Trukikaitis_Postimees, lk 154
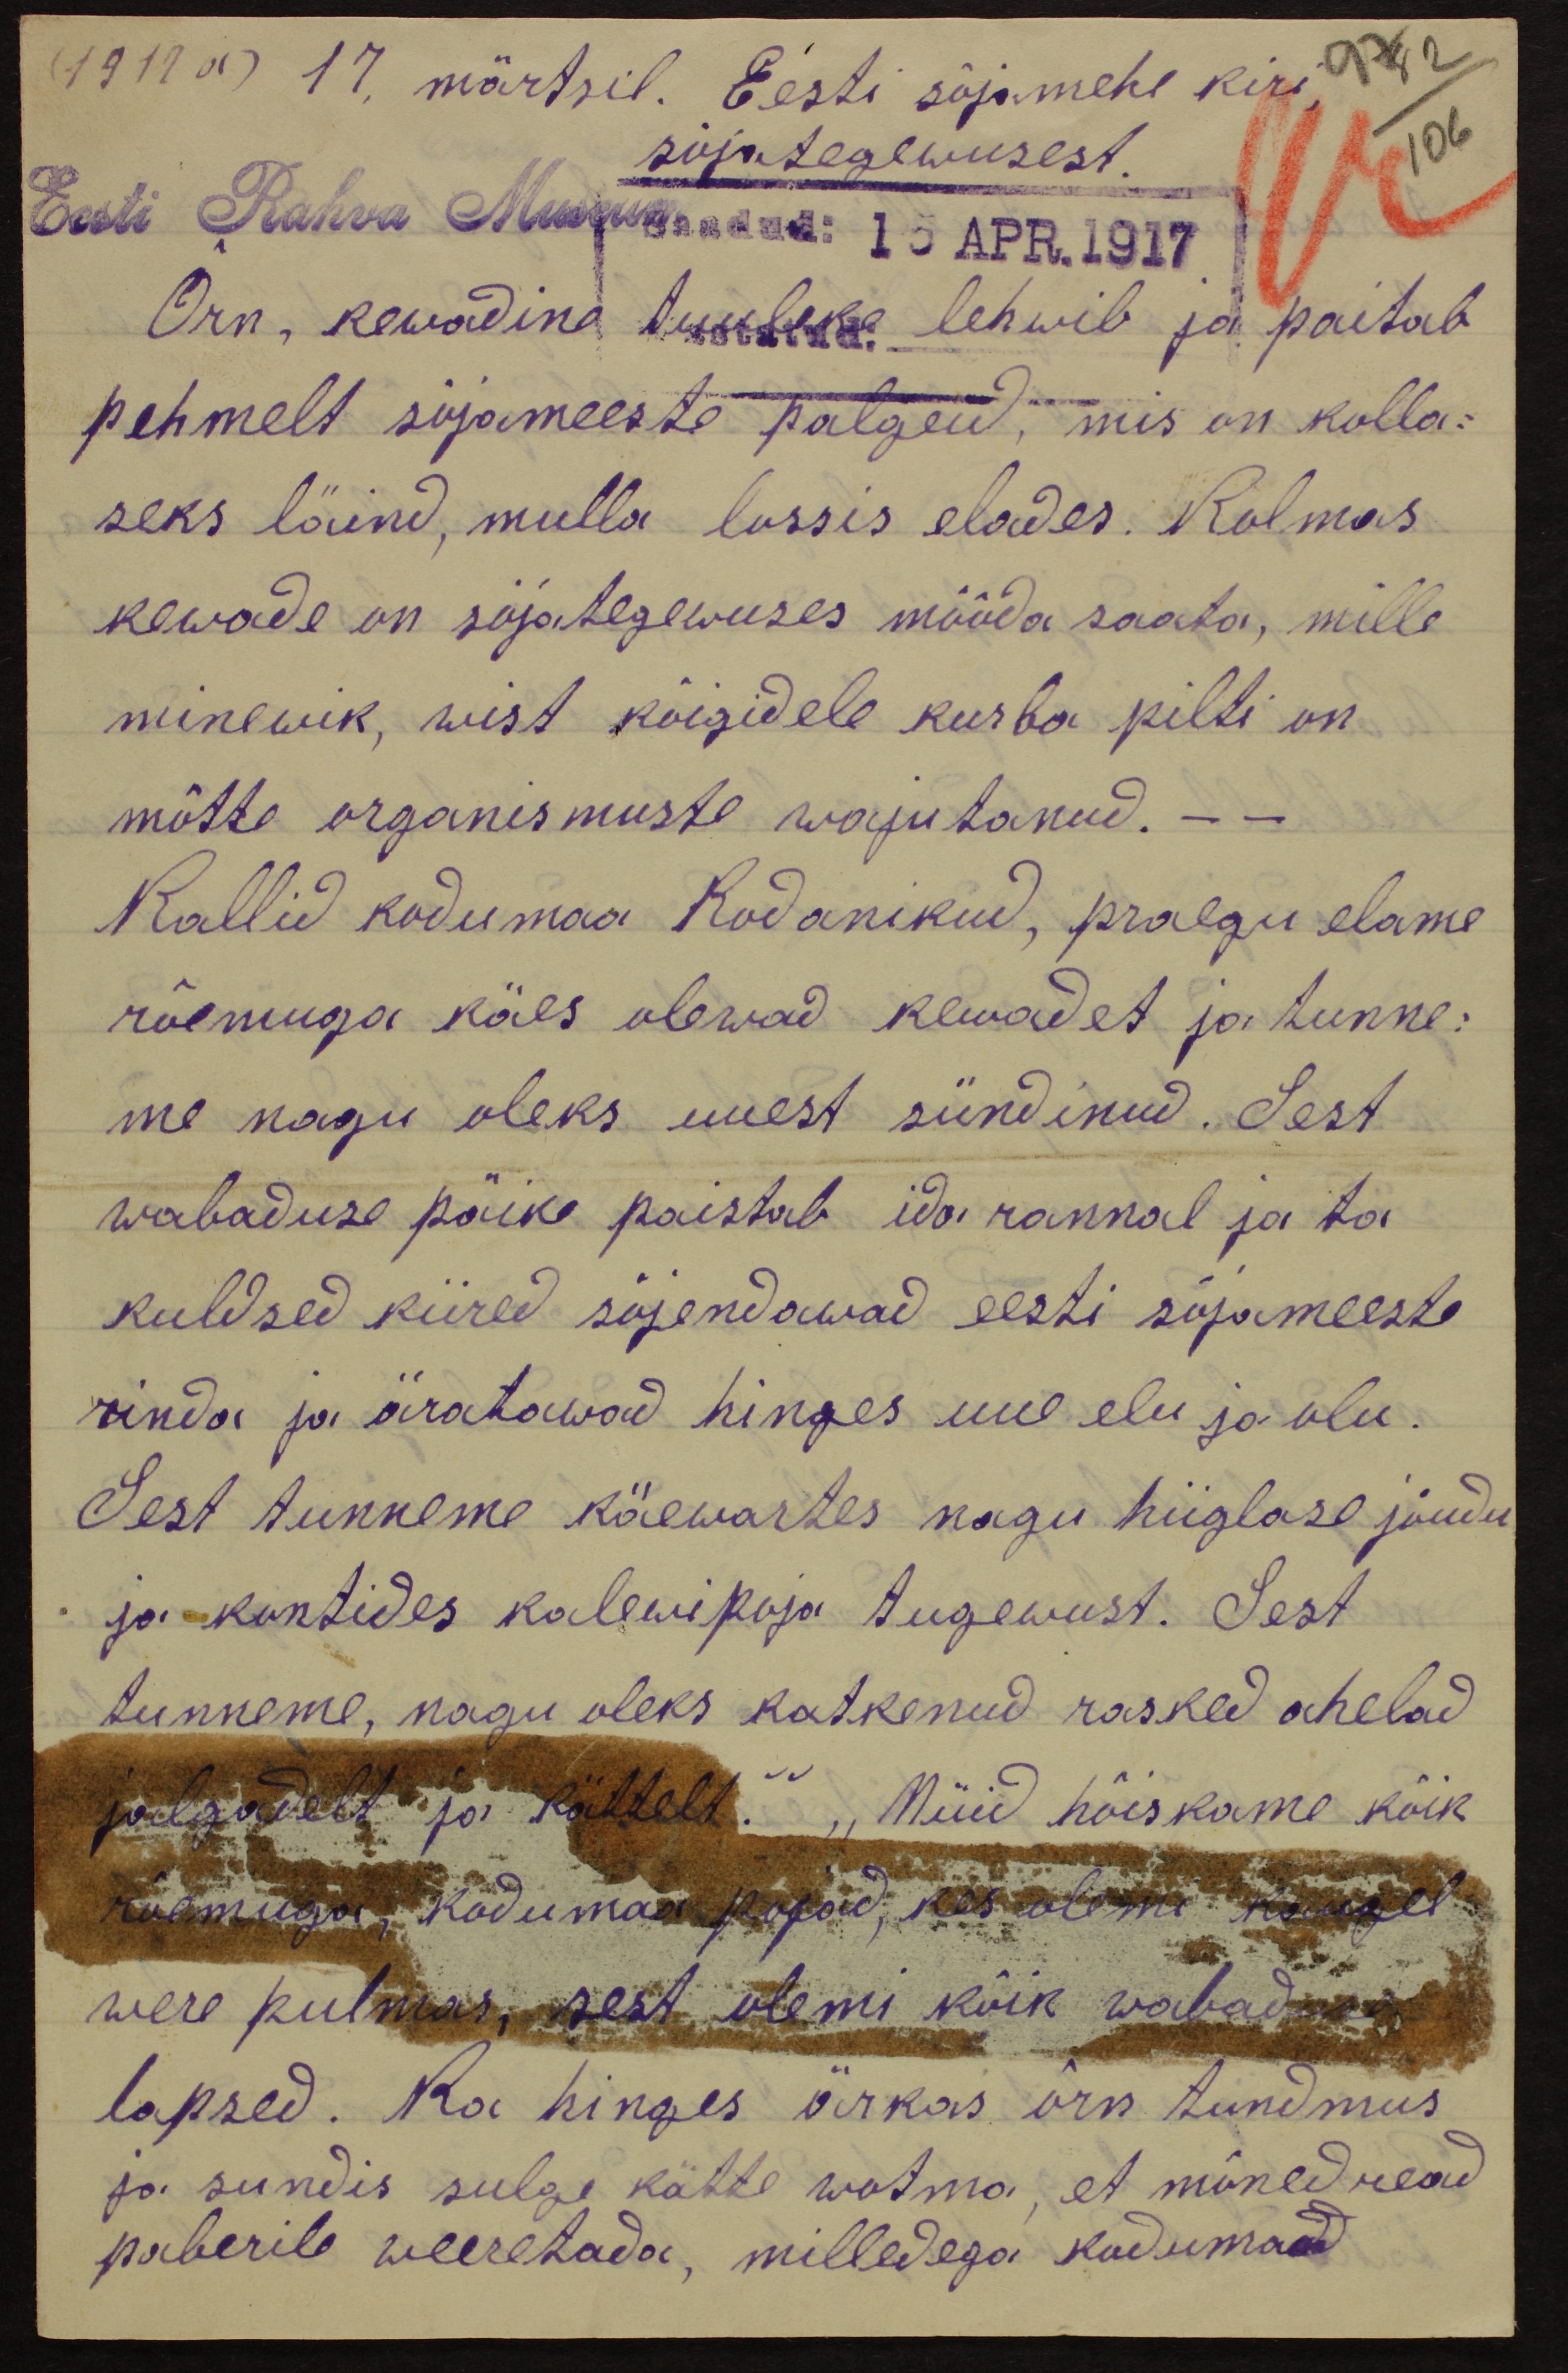
(1919 a) 17, märtsil. Eesti sõjamehe kiri
sõjategewusest
97 82
106
Eesti Rahva Museum Saadud 15 APR. 1917
Õrn kewadine tuuleke lehwib ja paitab
pehmelt sõjameeste palgeid, mis on kolla-
seks läind, mulla lossis elades. Kolmas
kewade on sõjategewuses mööda saata, mille
minewik, wist kõigidele kurba pilti on
mõtte organismuste wajutanud. - -
Kallid kodumaa kodanikud, praegu elame
rõemuga käes olewad kewadet ja tunne-
me nagu oleks uuest sündinud. Sest
wabaduse päike paistab ida rannal ja ta
kuldsed kiired sojendawad eesti sõjameeste
rinda ja äratawad hinges uue elu ja olu.
Sest tunneme käewartes nagu hiiglase jõudu
ja kontides kalewipoja tugewust. Sest
tunneme, nagu oleks katkenud rasked ahelad
jalgadelt ja kätelt. " "Nüid hõiskame kõik
rõemuga kodumaa pojad, kes oleme kaugel
were pulmas, sest olemi kõik wabad
lapsed. Ka hinges ärkas om tundmus
ja sundis sulge kätte wõtma, et mõned read
paberile weeretada, milledega kodumaad